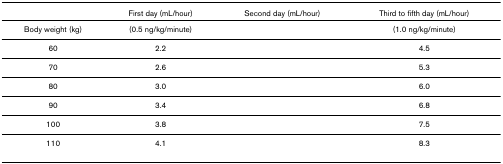
<table><thead><tr><td>[EMPTY_CELL]</td><td><b>First day (mL/hour)</b></td><td><b>Second day (mL/hour)</b></td><td><b>Third to fifth day (mL/hour)</b></td></tr></thead><tbody><tr><td>Body weight (kg)</td><td>(0.5 ng/kg/minute)</td><td>[EMPTY_CELL]</td><td>(1.0 ng/kg/minute)</td></tr><tr><td>60</td><td>2.2</td><td>[EMPTY_CELL]</td><td>4.5</td></tr><tr><td>70</td><td>2.6</td><td>[EMPTY_CELL]</td><td>5.3</td></tr><tr><td>80</td><td>3.0</td><td>[EMPTY_CELL]</td><td>6.0</td></tr><tr><td>90</td><td>3.4</td><td>[EMPTY_CELL]</td><td>6.8</td></tr><tr><td>100</td><td>3.8</td><td>[EMPTY_CELL]</td><td>7.5</td></tr><tr><td>110</td><td>4.1</td><td>[EMPTY_CELL]</td><td>8.3</td></tr></tbody></table>